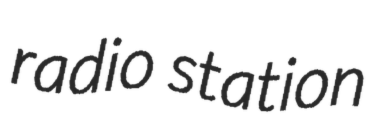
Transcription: radio station